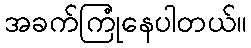
အခက်ကြုံနေပါတယ်။